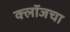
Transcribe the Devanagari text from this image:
क्लॉजचा